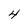
Character: 4